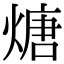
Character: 煻